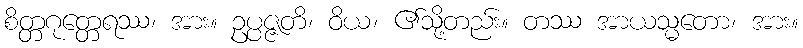
စိတ္တဂုတ္တေရဿ၊ အား။ ဥပ္ပဇ္ဇတိ၊ ဝိယ၊ ၏သို့တည်း။ တဿ အာယသ္မတော၊ အား။